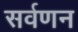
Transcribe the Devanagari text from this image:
सर्वणन